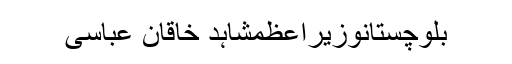
بلوچستانوزیراعظمشاہد خاقان عباسی